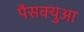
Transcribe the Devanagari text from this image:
पैसक्युआ